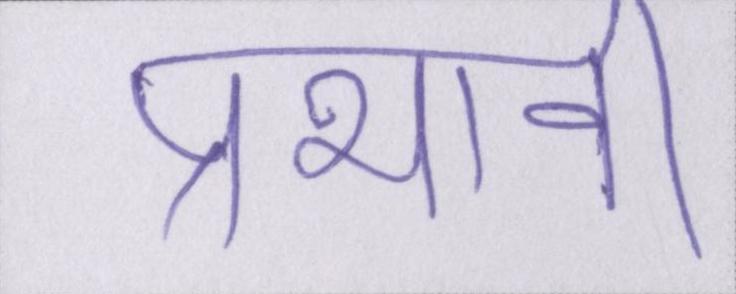
प्रभावी